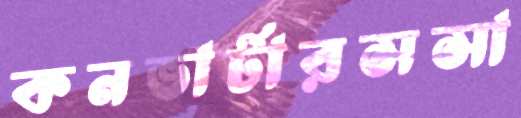
কনভার্টারসসা